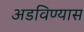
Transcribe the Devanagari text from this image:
अडविण्यास